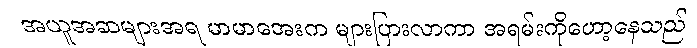
အယူအဆများအရ မာမာအေးက များပြားလာကာ အရမ်းကိုဟော့နေသည်